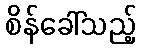
စိန်ခေါ်သည့်